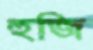
হুজি